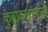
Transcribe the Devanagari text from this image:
कुबादखानाने